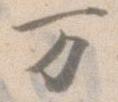
万